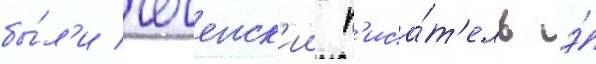
бы́л'и чеченск'ии п'иса́т'ель э́